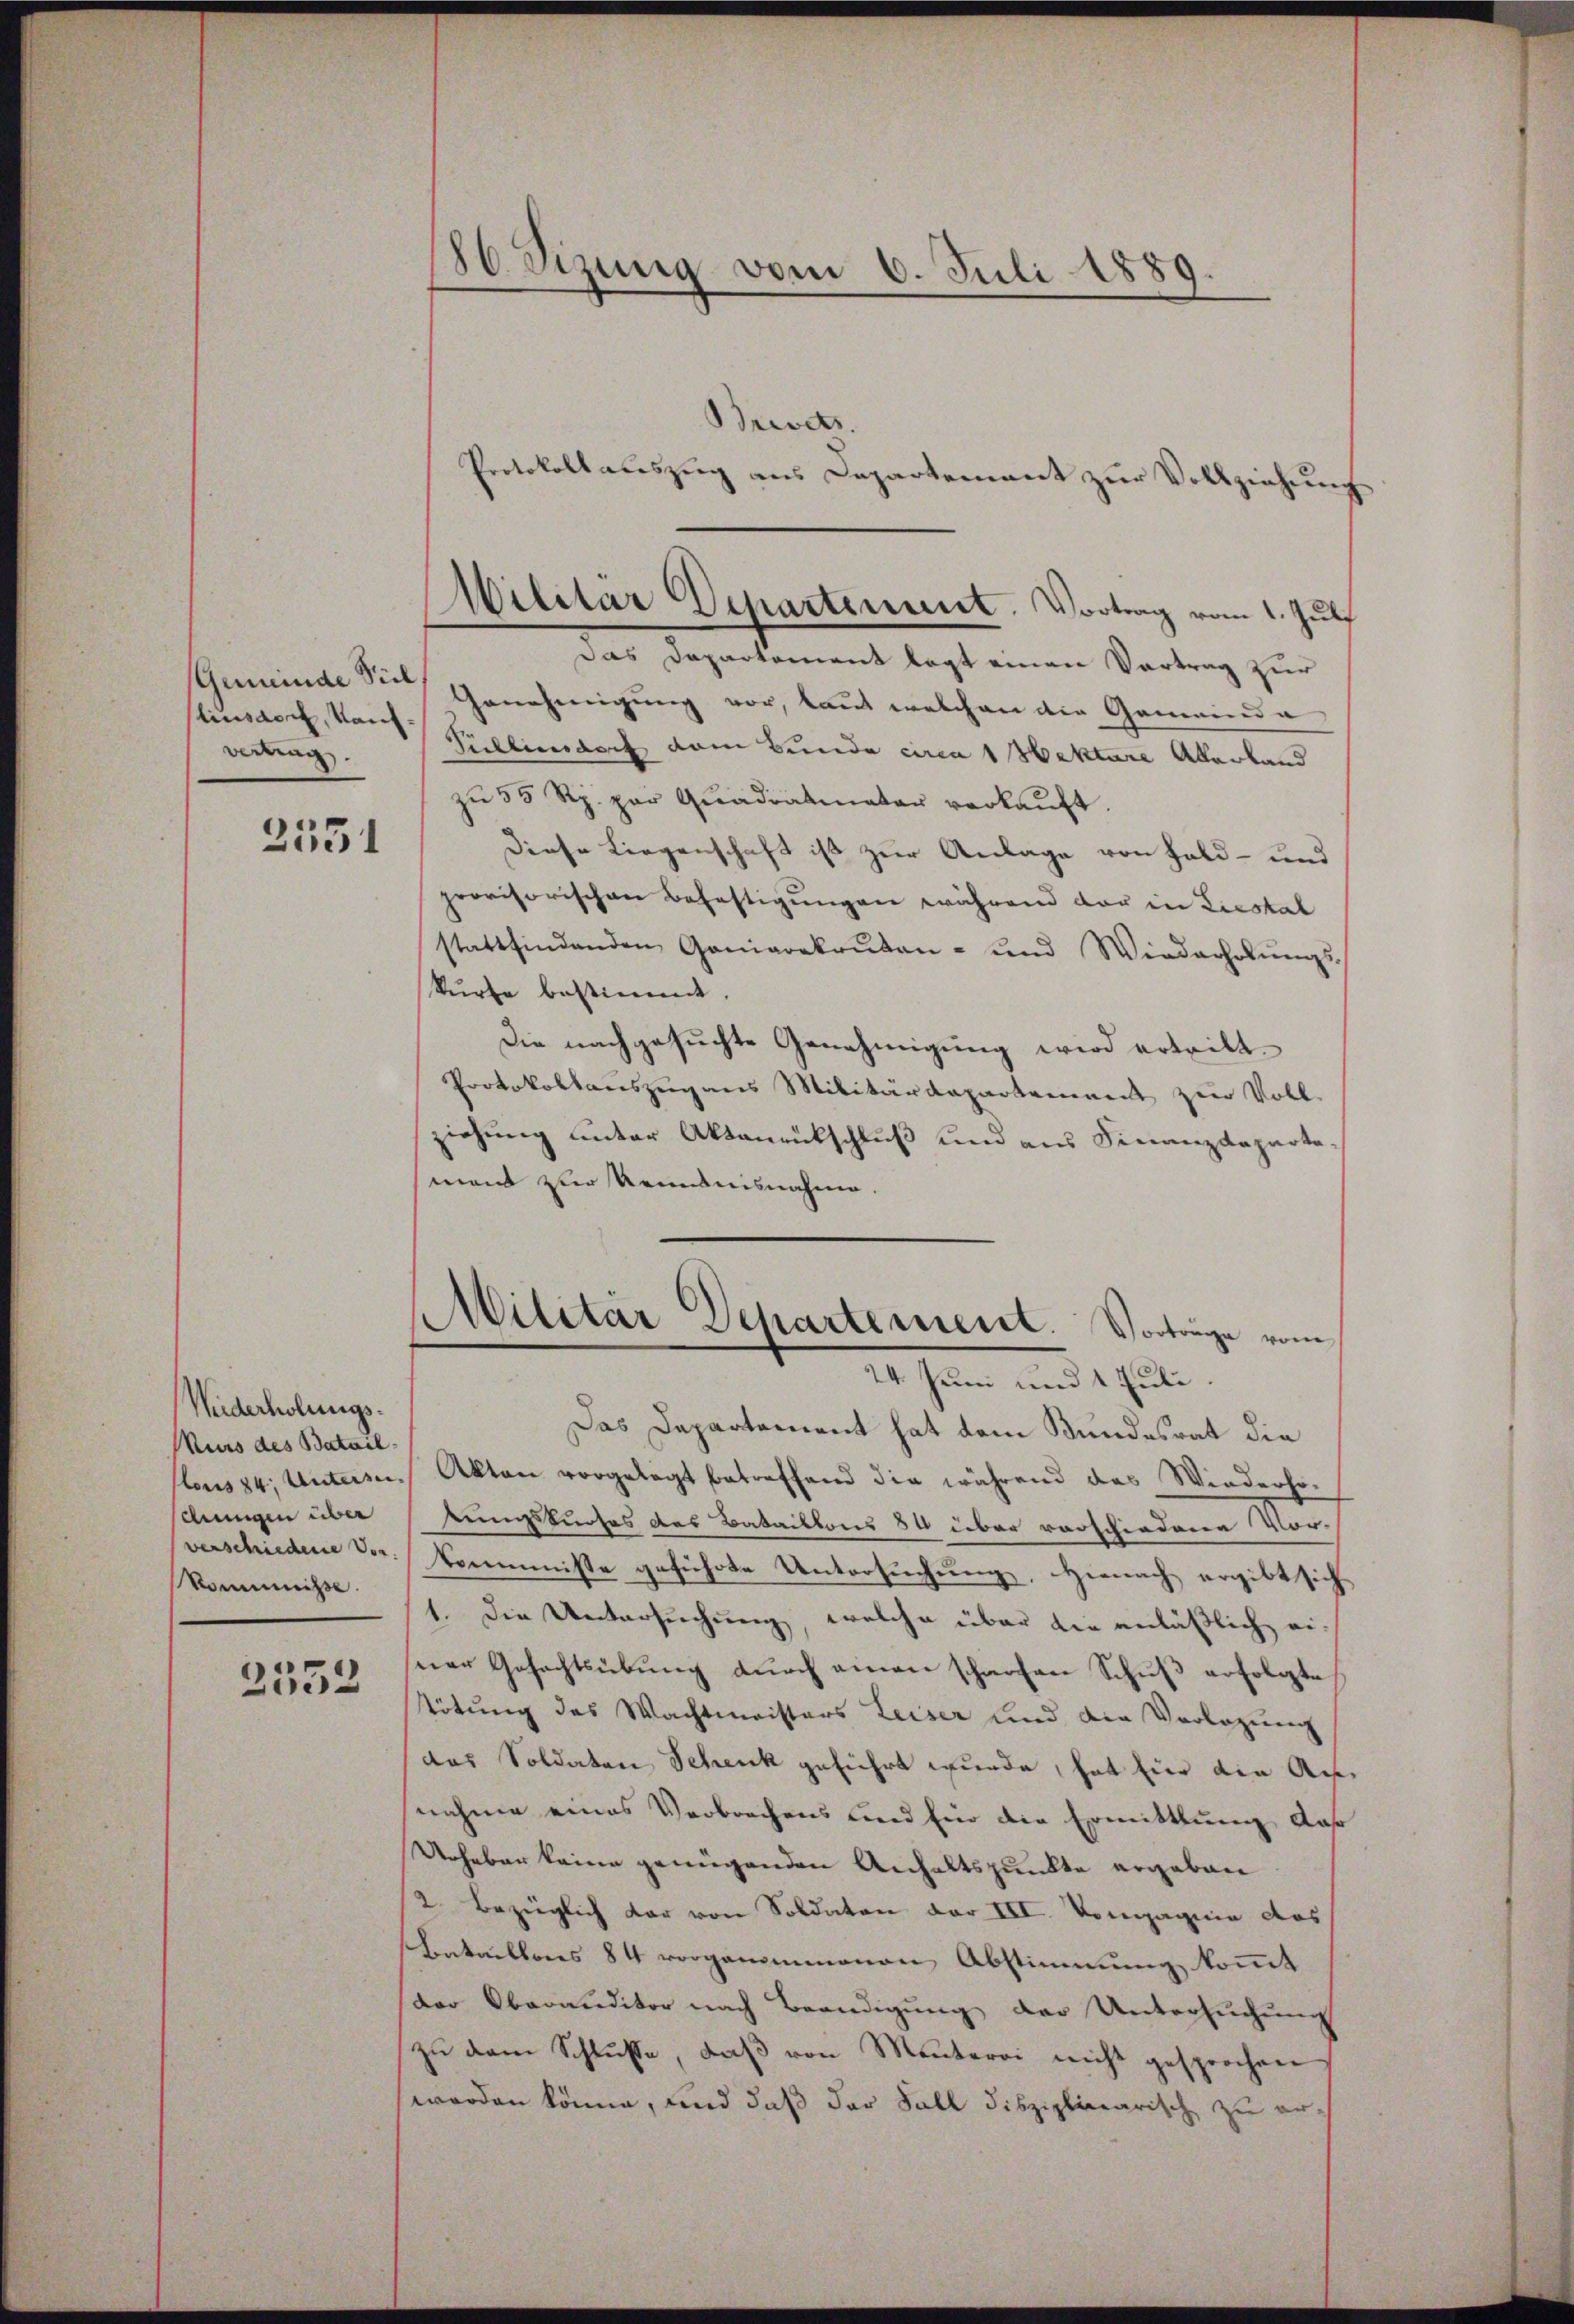
linsdorf, Kauf¬
Miting.

2551

Weiderholungs¬
Murs des Bataildungen über
kommnisse.

2552

Brevets.
Das Departement legt einen Vortrag zur
Gemeinde den Genehmigung vor, kant welchen die Gemeinde
Sullier doch vom Bunde circa 1 Hekture Allerland
zŭ 55 Rp. par Qŭadratmater verkaŭft.
Diese Liegenschaft ist zur Anlage von Feld- und
provisorischen Befestigungen während der in Liestal
stattfindenden Ganiarekruten- und Wiederholŭngs-
kürte bestimmt.
Die nachgesuchte Genehmigung wird ertritt.
Protokollauszug aus Militärdepartement zur Voll-
ziehung unter Aktenrückschluß und aus Finanzdepartement zur Kenntnisnahme.
Militär-Departement. Vorträge vom
24. Juni und 1 Juli.
Das Departement hat dem Bundesrat die
lous 24: Unteren Akten vorgelegt betreffend die während das Wiederho-
tungskurses das Bataillons 84 über vorschiedene Vorverschiedene vor. kommnisse geführte Untersuchung, Hienach ergibt sich
1. Die Untersuchung, welche über die anläßlich einer Gefechtsübung durch einen scharfen Schuß erfolgte
Tötung des Wachtmeisters Leiser und die Vorlegung
das Soldaten Schenk geführt wurde, hat hier die Annahme eines Verbrechens und für die Ermittlung daß
Urhaber keine genügenden Anhaltspunkte ergeben
2 bezüglich vor von Soldaten der III. Vompagnie des
Bataillons 84 vorgenommenen Abstimmung kommt
der Oberauditor nach Beendigung der Untersuchung
zŭ dem Schluße, daβ von Menterei nicht gesprochen
werden könne, und daß der Fall disziplinearisch zu er¬

80 Sizung vom 6. Juli 1889.

Protokoll auszug aus Departement zŭr Vollziehung
Militär Departement. Vortrag vom 1. Juli